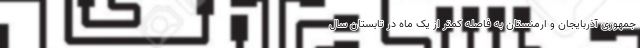
جمهوری آذربایجان و ارمنستان به فاصله کمتر از یک ماه در تابستان سال